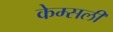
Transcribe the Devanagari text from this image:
केम्सली